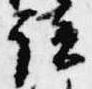
読